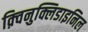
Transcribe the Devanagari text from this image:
क़्विनुक्लिडाइनिल